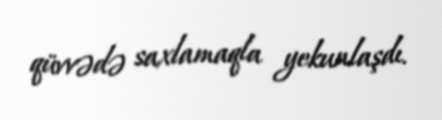
qüvvədə saxlamaqla yekunlaşdı.